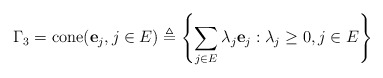
\begin{align*} \Gamma_3 =\mathrm{cone}(\mathbf{e}_j,j\in E)&\triangleq \left\{\sum_{j\in E} \lambda_j\mathbf{e}_j: \lambda_j\geq 0, j\in E\right\}\end{align*}